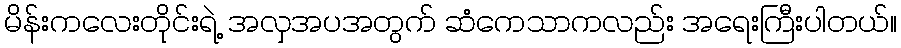
မိန်းကလေးတိုင်းရဲ့ အလှအပအတွက် ဆံကေသာကလည်း အရေးကြီးပါတယ်။